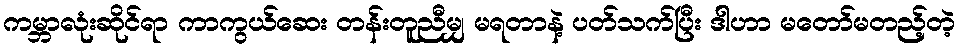
ကမ္ဘာလုံးဆိုင်ရာ ကာကွယ်ဆေး တန်းတူညီမျှ မရတာနဲ့ ပတ်သက်ပြီး ဒါဟာ မတော်မတည့်တဲ့